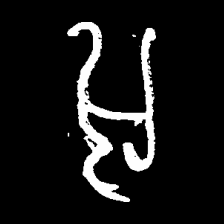
Pyu character \u2014 Myanmar letter: အ (romanized: a)